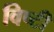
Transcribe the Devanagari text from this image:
विष्टी